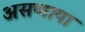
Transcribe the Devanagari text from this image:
असणाया